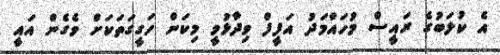
އެ ކުލަބުގެ ރައީސް މުހައްމަދު އަފީފް ވިދާޅުވީ މިކަން ހަގީގަތަކަށް ވެގެން އައީ